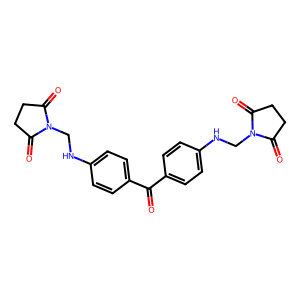
SMILES: O=C(c1ccc(NCN2C(=O)CCC2=O)cc1)c1ccc(NCN2C(=O)CCC2=O)cc1
Inhibits HIV replication: No